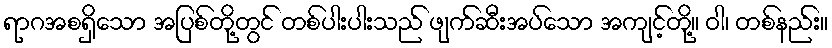
ရာဂအစရှိသော အပြစ်တို့တွင် တစ်ပါးပါးသည် ဖျက်ဆီးအပ်သော အကျင့်တို့။ ဝါ၊ တစ်နည်း။